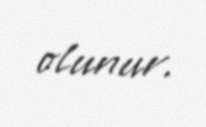
olunur.